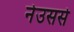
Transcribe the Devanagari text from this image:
नेउससे